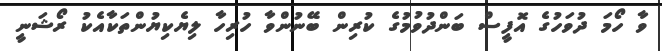
ވާ ހޯމަ ދުވަހުގެ އޮފީސް ބަންދުވުމުގެ ކުރިން ބޭނުންވާ ހުރިހާ ލިޔެކިޔުންތަކާއެކު ރޯޝަނީ